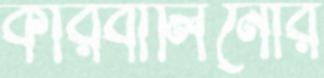
কারবালিনোর